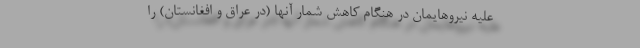
علیه نیروها‌یمان در هنگام كاهش شمار آنها (در عراق و افغانستان) را